Annual report on the lock hospitals of the Madras Presidency
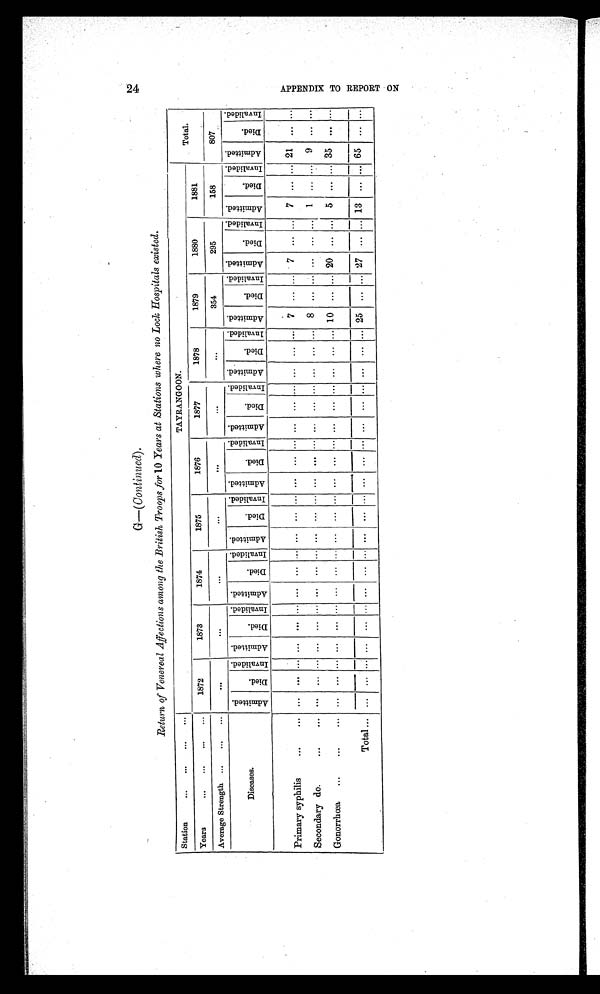
G—(Continued).
Return of Venereal Affections among the British Troops for 10 Years at Stations where no Lock Hospitals existed.
Station
...
... ... ...
TAYRANGOON.
Total.
Years
... ... ... ...
1872
1873
1874
1875
1876
1877
1878
1879
1880
1881
Average Strength ... ... ...
. . .
...
...
...
... ... ...
3 5 4
295
158
807
Diseases.
A d m i t t e d . D i e d . I n v a l i d d e d . A d m i t t e d . D i e d . I n v a l i d e d
. A d m i t t e d . D i e d
. I n v a l i d e d
. A d m i t t e d .
D i e d . I n v a l i d e d . A d m i t t e d .
D i e d .
I n v a l i d e d . A d m i t t e d . D i e d . I n v a l i d e d
. A d m i t t e d . D i e d . I n v a l i d e d
. A d m i t t e d . D i e d
. I n v a l i d e d . A d m i t t e d . D i e d .
I n v a l i d e d . A d m i t t e d .
D i e d . I n v a l i d e d . A d m i t t e d . D i e d . I n v a l i d e d .
Primary syphilis
. . .
...
... ... ... ... ... ... ... ... ... ... ... ... ... ... ... ... ... ... ... ... ...
7 . . .
...
7 . . .
...
7 . . .
...
2 1 . . .
...
Secondary do.
... ...
... ... ... ... ... ... ... ...
. . . ...
... ... ... ... ... ... ... ... ... ... ...
8 ... . . . ... ... ... 1 . . .
...
9
... ...
Gonorrhœa ... ... ...
... ... ... ... ... ... ... ... ... ... ... ... ... ... ... ... ... ... ... ... ...
1 0
... ...
2 0
... ...
5
... ...
3 5
...
. . .
Total ... ... ... ... ... ... ... ... ... .. ... ... .. ... ... ... ... ... ... ... ... .. 25 ... ... 27 ... . . . 13 ... . . . 65 ... . . .
2 4
A P P E N D I X T O R E P O R T O N